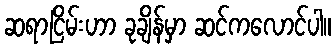
ဆရာငြိမ်းဟာ ခုချိန်မှာ ဆင်ကလောင်ပါ။